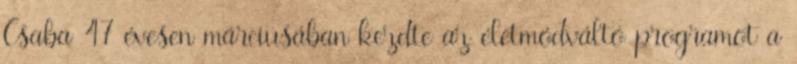
Csaba 47 évesen márciusában kezdte az életmódváltó programot a